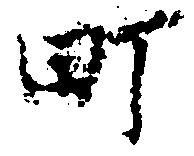
町